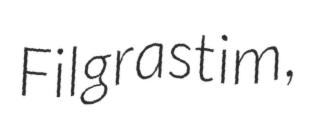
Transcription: Filgrastim,